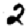
Digit: 2